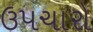
ઉપચારો